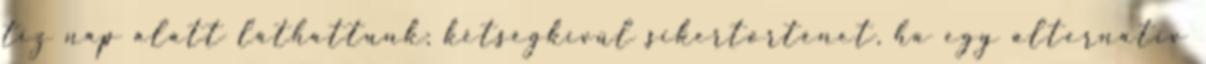
tíz nap alatt láthattunk; kétségkívül sikertörténet, ha egy alternatív